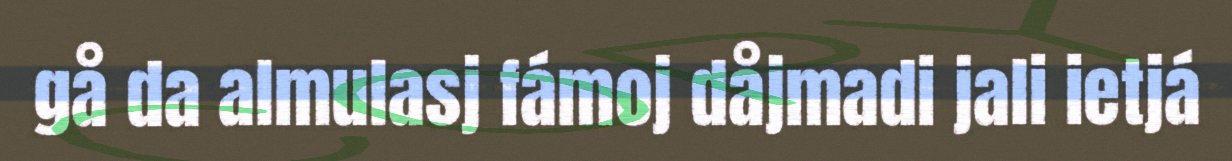
gå da almulasj fámoj dåjmadi jali ietjá